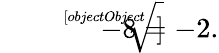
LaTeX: {\sqrt[[objectObject]]{-8}}=-2.